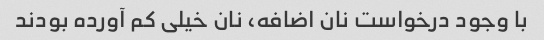
با وجود درخواست نان اضافه، نان خیلی کم آورده بودند